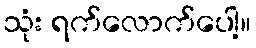
သုံး ရက်လောက်ပေါ့။